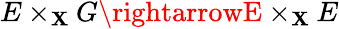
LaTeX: E\times_{\mathbf{X}}G\rightarrowE\times_{\mathbf{X}}E